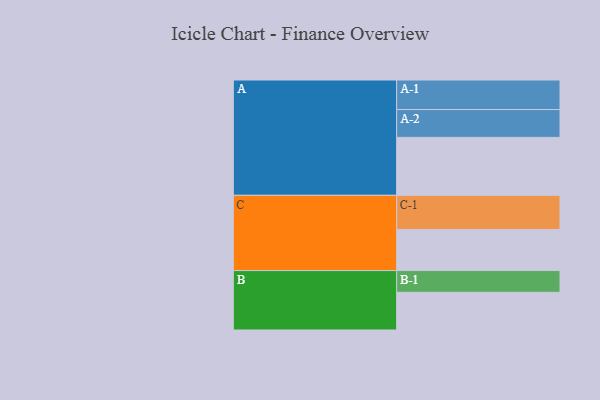
{"axis": {"x": "Segment", "y": "Value"}, "legend": ["", "A", "B", "C"], "data": [{"x": "A", "y": 506, "type": ""}, {"x": "B", "y": 329, "type": ""}, {"x": "C", "y": 359, "type": ""}, {"x": "A-1", "y": 258, "type": "A"}, {"x": "A-2", "y": 243, "type": "A"}, {"x": "B-1", "y": 190, "type": "B"}, {"x": "C-1", "y": 298, "type": "C"}]}